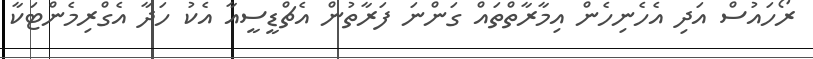
ރޯހައުސް އަދި އެހެނިހެން އިމާރާތްތައް ގަންނަ ފަރާތުން އެޗްޑީސީއާ އެކު ހަދާ އެގްރިމެންޓަކާ